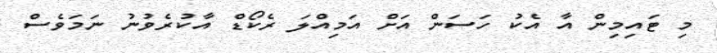
މި ޓައިމިން އާ އެކު ހަސަން އަށް އަމިއްލަ ރެކޯޑް އާކުރެވުނު ނަމަވެސް